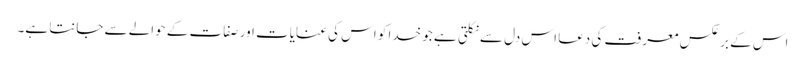
اس کے برعکس معرفت کی دعا اس دل سے نکلتی ہے جو خدا کو اس کی عنایات اور صفات کے حوالے سے جانتا ہے۔